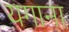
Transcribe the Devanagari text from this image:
यगाना